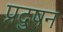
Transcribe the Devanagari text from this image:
प्रदुषन